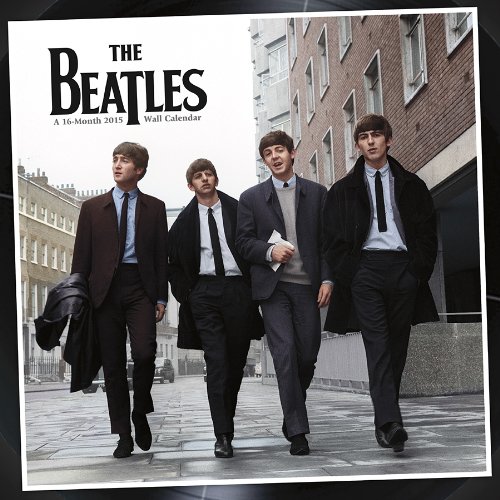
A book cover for The Beatles 2015 Premium Wall Calendar; Trends International; Calendars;